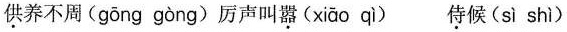
供养不周( gōng gòng ) 厉声叫嚣( xiāo qì ) 侍候( sì shì )